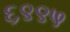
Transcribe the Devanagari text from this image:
६९९५